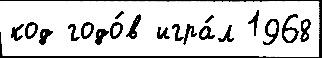
код годо́в игра́л 1968